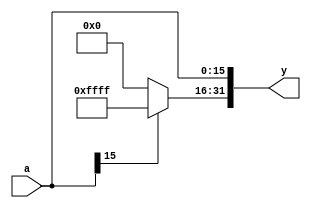
`timescale 1ns / 1ps
//////////////////////////////////////////////////////////////////////////////////
// Company: 
// Engineer: 
// 
// Design Name: 
// Module Name: signext
// Project Name: 
// Target Devices: 
// Tool Versions: 
// Description: 
// 
// Dependencies: 
// 
// Revision:
// Revision 0.01 - File Created
// Additional Comments:
// 
//////////////////////////////////////////////////////////////////////////////////


module signext(
input [15:0] a,
output [31:0] y
    );
    assign y[15:0]=a;
    assign y[31:16]=a[15] ? 16'hffff : 16'h0000;
endmodule